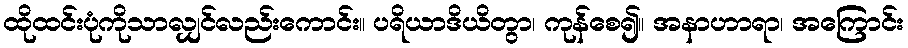
ထိုထင်းပုံကိုသာလျှင်လည်းကောင်း။ ပရိယာဒိယိတွာ၊ ကုန်စေ၍။ အနာဟာရာ၊ အကြောင်း